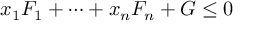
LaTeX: x _ { 1 } F _ { 1 } + \cdots + x _ { n } F _ { n } + G \leq 0